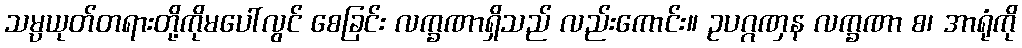
သမ္ပယုတ်တရားတို့ကိုမပေါ်လွင် စေခြင်း လက္ခဏာရှိသည် လည်းကောင်း။ ဥပဂ္ဂဏှန လက္ခဏာ စ၊ အာရုံကို